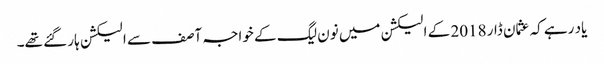
یاد رہے کہ عثمان ڈار 2018 کے الیکشن میں نون لیگ کے خواجہ آصف سے الیکشن ہار گئے تھے۔